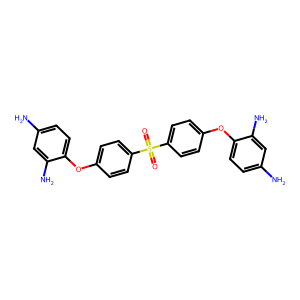
SMILES: Nc1ccc(Oc2ccc(S(=O)(=O)c3ccc(Oc4ccc(N)cc4N)cc3)cc2)c(N)c1
Inhibits HIV replication: No